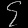
Digit: ၄